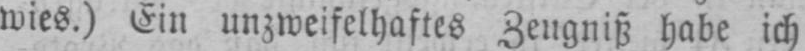
wies.) Ein unzweifelhaftes Zeugniß habe ich